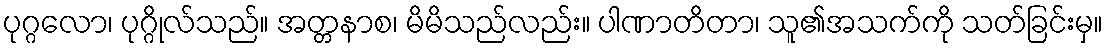
ပုဂ္ဂလော၊ ပုဂ္ဂိုလ်သည်။ အတ္တနာစ၊ မိမိသည်လည်း။ ပါဏာတိတာ၊ သူ၏အသက်ကို သတ်ခြင်းမှ။